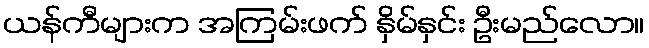
ယန်ကီများက အကြမ်းဖက် နှိမ်နှင်း ဦးမည်လော။